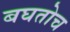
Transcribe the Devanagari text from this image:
बघतोच